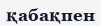
қабақпен